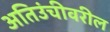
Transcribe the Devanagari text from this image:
अतिउंचीवरील